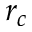
r _ { c }